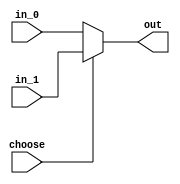
`timescale 1ns / 1ps
//////////////////////////////////////////////////////////////////////////////////
// Company: 
// Engineer: 
// 
// Design Name: 
// Module Name: mux2_1
// Project Name: 
// Target Devices: 
// Tool Versions: 
// Description: 
// 
// Dependencies: 
// 
// Revision:
// Revision 0.01 - File Created
// Additional Comments:
// 
//////////////////////////////////////////////////////////////////////////////////


module mux2_1
#(parameter WIDTH=32)
(
    input [WIDTH-1:0] in_0,
    input [WIDTH-1:0] in_1,
    input choose,
    output [WIDTH-1:0] out
    );
    assign out = choose?in_1:in_0;
endmodule